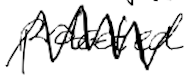
Text: protected
Cross-out: zig-zag
Writing tool: digital_black